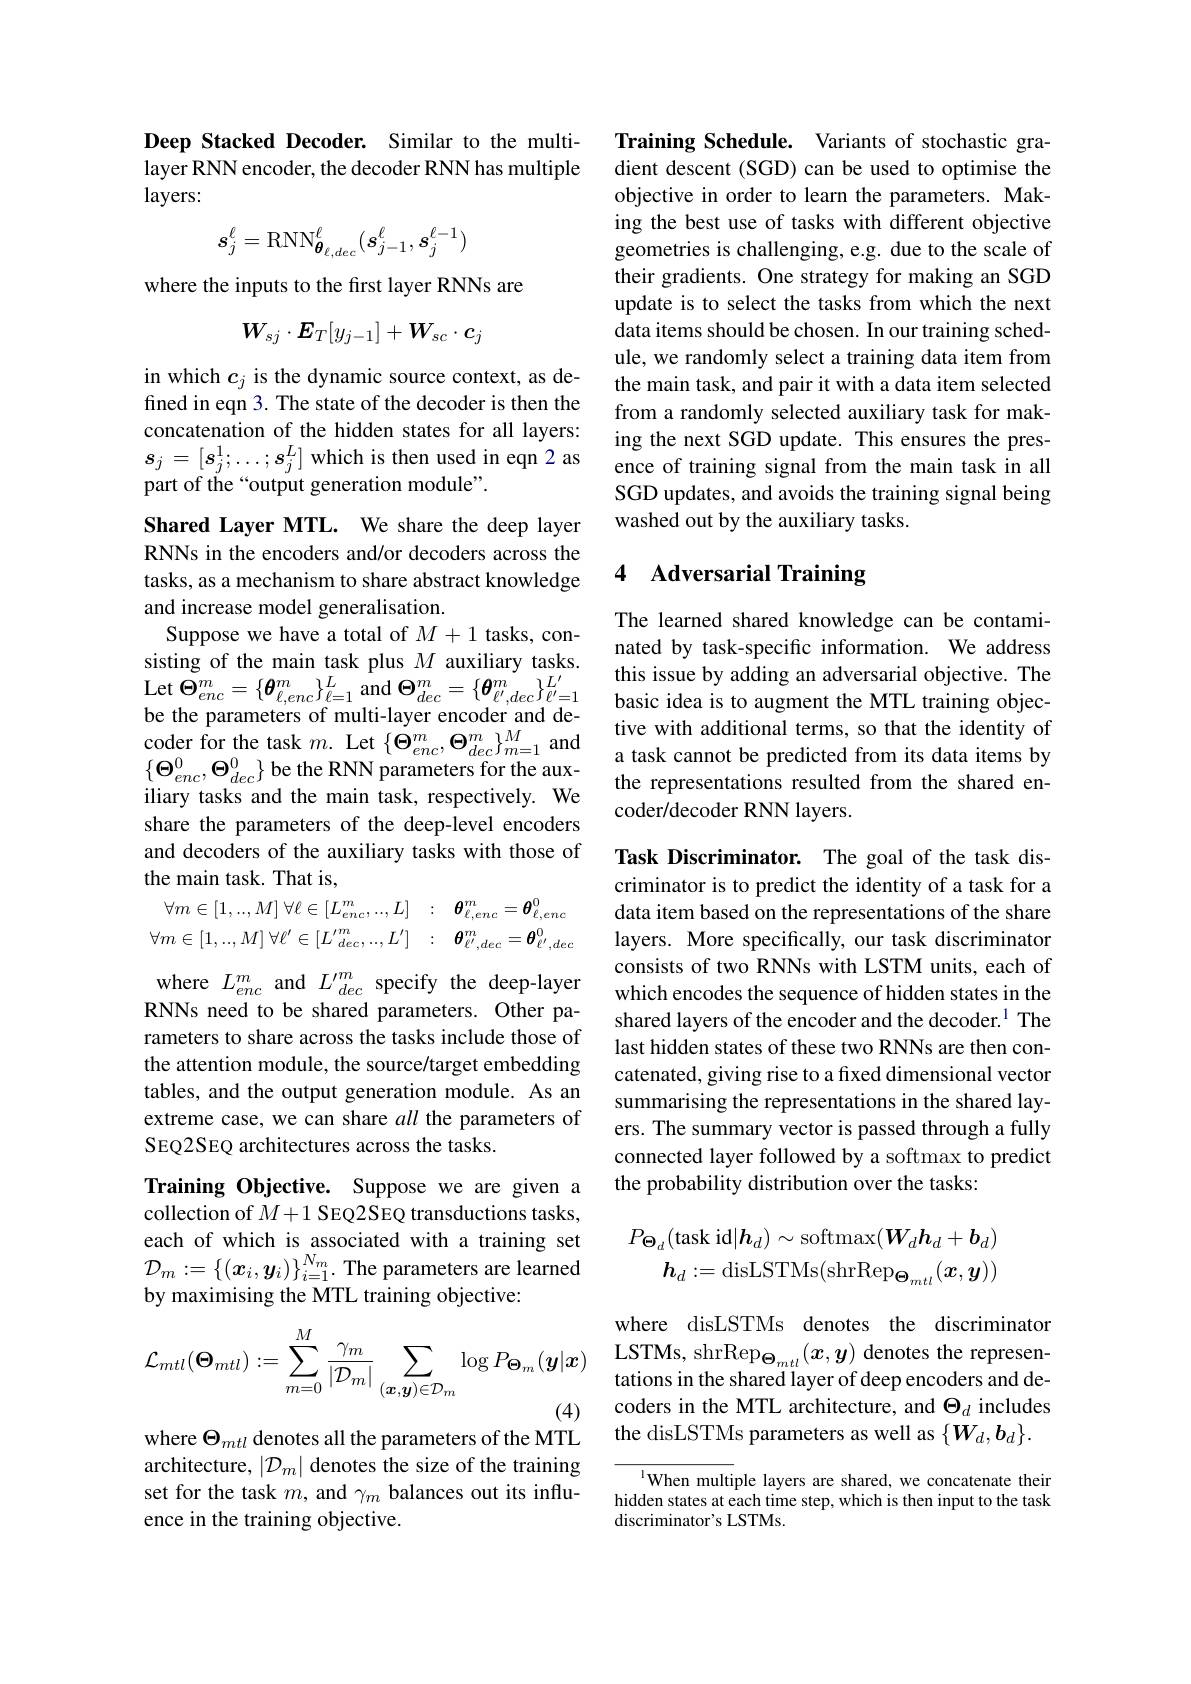
Deep Stacked Decoder. Similar to the multilayer RNN encoder, the decoder RNN has multiple layers:
$$s_j^\ell=\mathrm{RNN}_{\boldsymbol{\theta}_{\ell,dec}}^\ell(\boldsymbol{s}_{j-1}^\ell,\boldsymbol{s}_j^{\ell-1})$$
where the inputs to the frst layer RNNs are
$$W_{sj}\cdot\boldsymbol{E}_T[y_{j-1}]+W_{sc}\cdot c_j$$
in which $c_j$ is the dynamic source context, as defined in eqn 3. The state of the decoder is then the concatenation of the hidden states for all layers: $s_j=[s_j^1;\ldots;s_j^L]$ which is then used in eqn 2 as part of the “output generation module”.

Shared Layer MTL. We share the deep layer RNNs in the encoders and/or decoders across the tasks, as a mechanism to share abstract knowledge and increase model generalisation.
Suppose we have a total of $M+1$ tasks, conbe the parameters of multi-layer encoder and deiliary tasks and the main task, respectively. We share the parameters of the deep-level encoders and decoders of the auxiliary tasks with those of the main task. That is,
$$\forall m\in[1,..,M]\:\forall\ell\in[L_{enc}^{m},..,L]\quad:\quad\boldsymbol{\theta}_{\ell,enc}^{m}=\boldsymbol{\theta}_{\ell,enc}^{0}\\\forall m\in[1,..,M]\:\forall\ell^{\prime}\in[L_{\:dec}^{\prime\:m},..,L^{\prime}]\quad:\quad\boldsymbol{\theta}_{\ell^{\prime},dec}^{m}=\boldsymbol{\theta}_{\ell^{\prime},dec}^{0}$$
where $L_{enc}^m$ and $L_{dec}^{\prime m}$ specify the deep-layer RNNs need to be shared parameters. Other parameters to share across the tasks include those of the attention module, the source/target embedding tables, and the output generation module. As an extreme case, we can share all the parameters of SEQ2SEQ architectures across the tasks.
Training Objective. Suppose we are given a collection of $M+1$ SEQ2SEQ transductions tasks,

each of which is associated with a training set $\mathcal{D}_m:=\{(x_i,\boldsymbol{y}_i)\}_{i=1}^{N_m}.$ The parameters are learned by maximising the MTL training objective:
$$\mathcal{L}_{mtl}(\Theta_{mtl}):=\sum_{m=0}^{M}\frac{\gamma_{m}}{|\mathcal{D}_{m}|}\sum_{(\boldsymbol{x},\boldsymbol{y})\in\mathcal{D}_{m}}\log P_{\boldsymbol{\Theta}_{m}}(\boldsymbol{y}|\boldsymbol{x})$$
where $\Theta_{mtl}$ denotes all the parameters of the MTL architecture, $|\mathcal{D}_m|$ denotes the size of the training set for the task $m$, and $\gamma_m$ balances out its influence in the training objective.

Training Schedule. Variants of stochastic gradient descent (SGD) can be used to optimise the objective in order to learn the parameters. Making the best use of tasks with different objective geometries is challenging, e.g. due to the scale of their gradients. One strategy for making an SGD update is to select the tasks from which the next data items should be chosen. In our training schedule, we randomly select a training data item from the main task, and pair it with a data item selected from a randomly selected auxiliary task for making the next SGD update. This ensures the presence of training signal from the main task in all SGD updates, and avoids the training signal being washed out by the auxiliary tasks.

### 4 Adversarial Training

The learned shared knowledge can be contaminated by task-specific information. We address
basic idea is to augment the MTL training objective with additional terms, so that the identity of
$\begin{aligned}&\text{coder for the task }m.\text{ Let }\{\dot{\Theta}_{enc}^{m},\Theta_{dec}^{m}\}_{m=1}^{M}\mathrm{~and}&\text{tive with addittonal terms, so that the identity of}\\&\{\boldsymbol{\Theta}_{enc}^{0},\boldsymbol{\Theta}_{dec}^{0}\}\text{ be the RNN parameters for the aux-}&\text{a task cannot be predicted from its data items by}\\\end{aligned}$
the representations resulted from the shared en-
coder/decoder RNN layers.

Task Discriminator. The goal of the task discriminator is to predict the identity of a task for a data item based on the representations of the share layers. More specifically, our task discriminator consists of two RNNs with LSTM units, each of which encodes the sequence of hidden states in the shared layers of the encoder and the decoder.$^{1}$ The last hidden states of these two RNNs are then concatenated, giving rise to a fixed dimensional vector summarising the representations in the shared layers. The summary vector is passed through a fully connected layer followed by a softmax to predict the probability distribution over the tasks:
$$P_{\Theta_{d}}(\mathrm{task~id}|\boldsymbol{h}_{d})\sim\mathrm{softmax}(\boldsymbol{W}_{d}\boldsymbol{h}_{d}+\boldsymbol{b}_{d})\\\boldsymbol{h}_{d}:=\mathrm{disLSTMs}(\mathrm{shrRep}_{\boldsymbol{\Theta}_{mtl}}(\boldsymbol{x},\boldsymbol{y}))$$
where disLSTMs denotes the discriminator $\begin{array}{l}{\mathrm{LSTMs,~shrRep}_{\Theta_{mtl}}(x,y)~\mathrm{denotes~the~represen-}}\\{\mathrm{tations~in~the~shared~layer~of~deep~encoders~and~de-}}\\\end{array}$ coders in the MTL architecture, and $\Theta_d$ includes the disLSTMs parameters as well as $\{W_d,b_d\}.$

$^{\mathrm{l}}$When multiple layers are shared, we concatenate their hidden states at each time step, which is then input to the task discriminator's LSTMs.